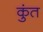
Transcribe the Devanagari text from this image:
कुंत